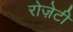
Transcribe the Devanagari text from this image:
रोज़ेटी